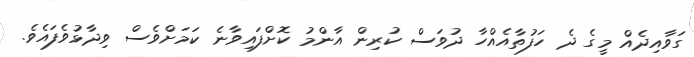
ގަވާއިދެއް މީގެ ދެ ހަފުތާއެއްހާ ދުވަސް ކުރިން އާންމު ކޮށްފައިވާނެ ކަމަށްވެސް ވިދާޅުވެފައެވެ.